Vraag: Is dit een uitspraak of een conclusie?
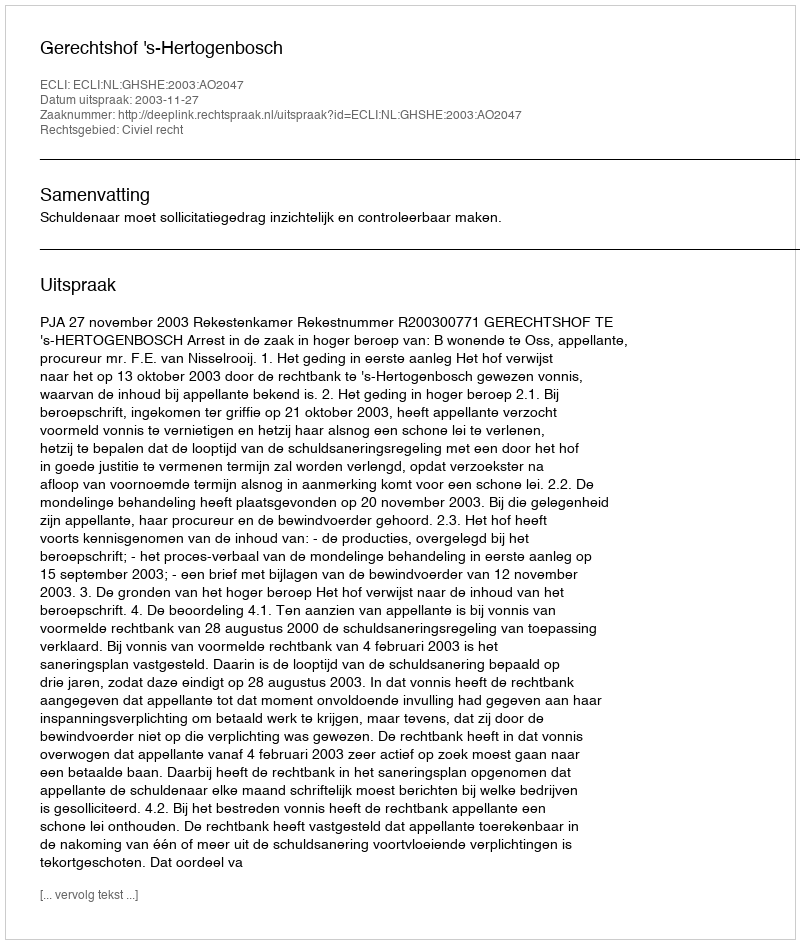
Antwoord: Uitspraak